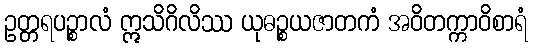
ဥတ္တရပဉ္စာလံ ဣသိဂိလိဿ ယုဓဉ္စယဇာတကံ အဝိတက္ကာဝိစာရံ